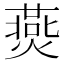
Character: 㷼